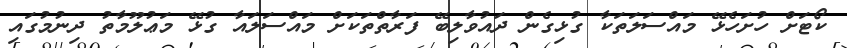
ކޯޓަށް ހުށަހެޅޭ މައްސަލަތަކާ ގުޅިގެން ދައުވާލިބޭ ފަރާތްތަކަށް މައްސަލައާ ގުޅޭ މަޢުލޫމާތު ދިނުމުގައި